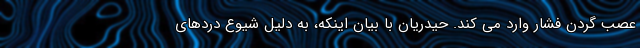
عصب گردن فشار وارد می کند. حیدریان با بیان اینکه، به دلیل شیوع دردهای